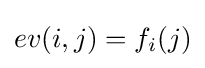
ev(i,j)=f_{i}(j)